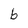
Character: b